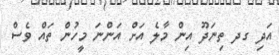
އަދި ގދ ތިނަދޫ އިން މާލެ އަށް އަންނަ މީހުން ތައް ވެސް